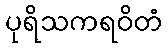
ပုရိသကရဝိတံ